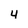
Character: 4